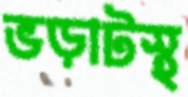
ভড়াটস্থ